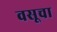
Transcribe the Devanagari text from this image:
वसूचा